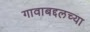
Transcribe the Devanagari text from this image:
गावाबद्दलच्या